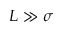
L \gg \sigma